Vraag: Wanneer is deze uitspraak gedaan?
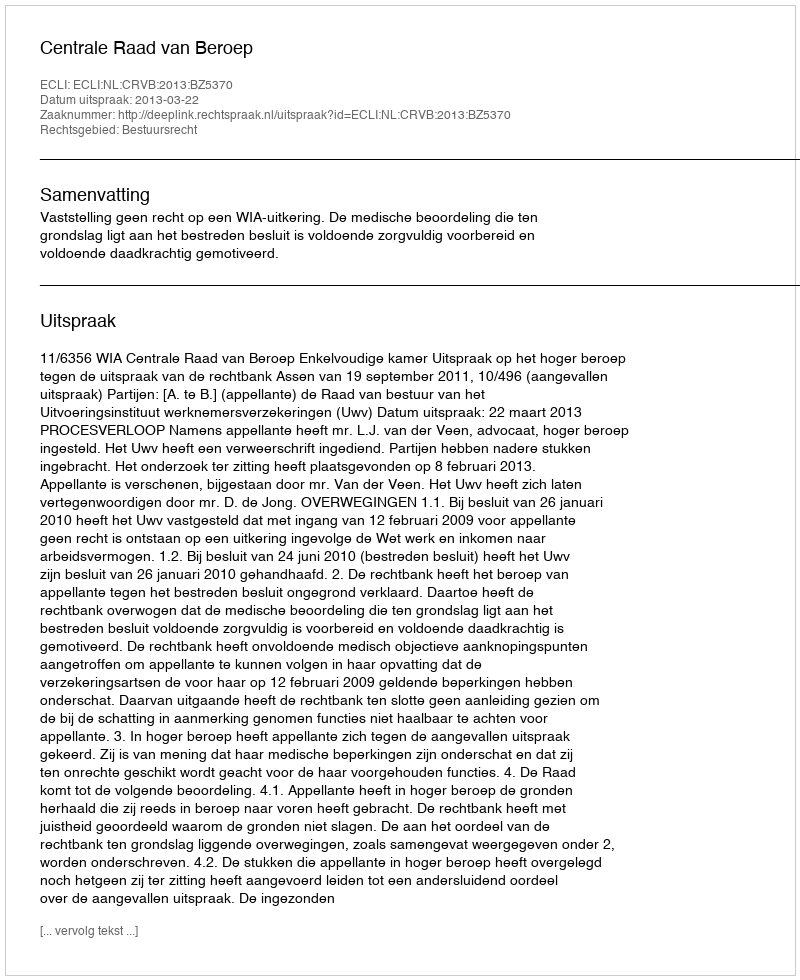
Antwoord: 2013-03-22